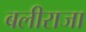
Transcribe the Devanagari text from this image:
बलीराजा